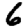
Digit: 6